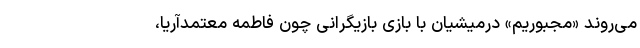
می‌روند «مجبوریمِ» درمیشیان با بازی بازیگرانی چون فاطمه معتمدآریا،